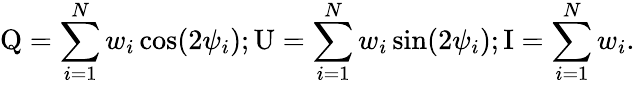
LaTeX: \mathrm{Q}=\sum_{i=1}^{N}w_{i}\cos(2\psi_{i});\mathrm{U}=\sum_{i=1}^{N}w_{i}\sin(2\psi_{i});\mathrm{I}=\sum_{i=1}^{N}w_{i}.